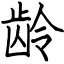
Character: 龄